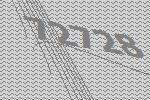
72728